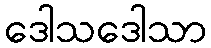
ဒေါသဒေါသာ